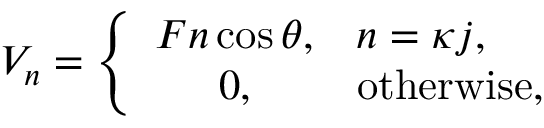
\begin{array} { r } { V _ { n } = \left\{ \begin{array} { c l } { F n \cos { \theta } , } & { n = \kappa j , } \\ { 0 , } & { \mathrm { o t h e r w i s e } , } \end{array} \right. } \end{array}